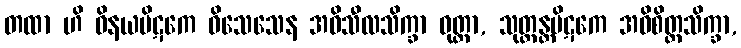
တထာ ဟိ ဝိနယပိဋကေ ဝိသေသေန အဓိသီလသိက္ခာ ဝုတ္တာ, သုတ္တန္တပိဋကေ အဓိစိတ္တသိက္ခာ,